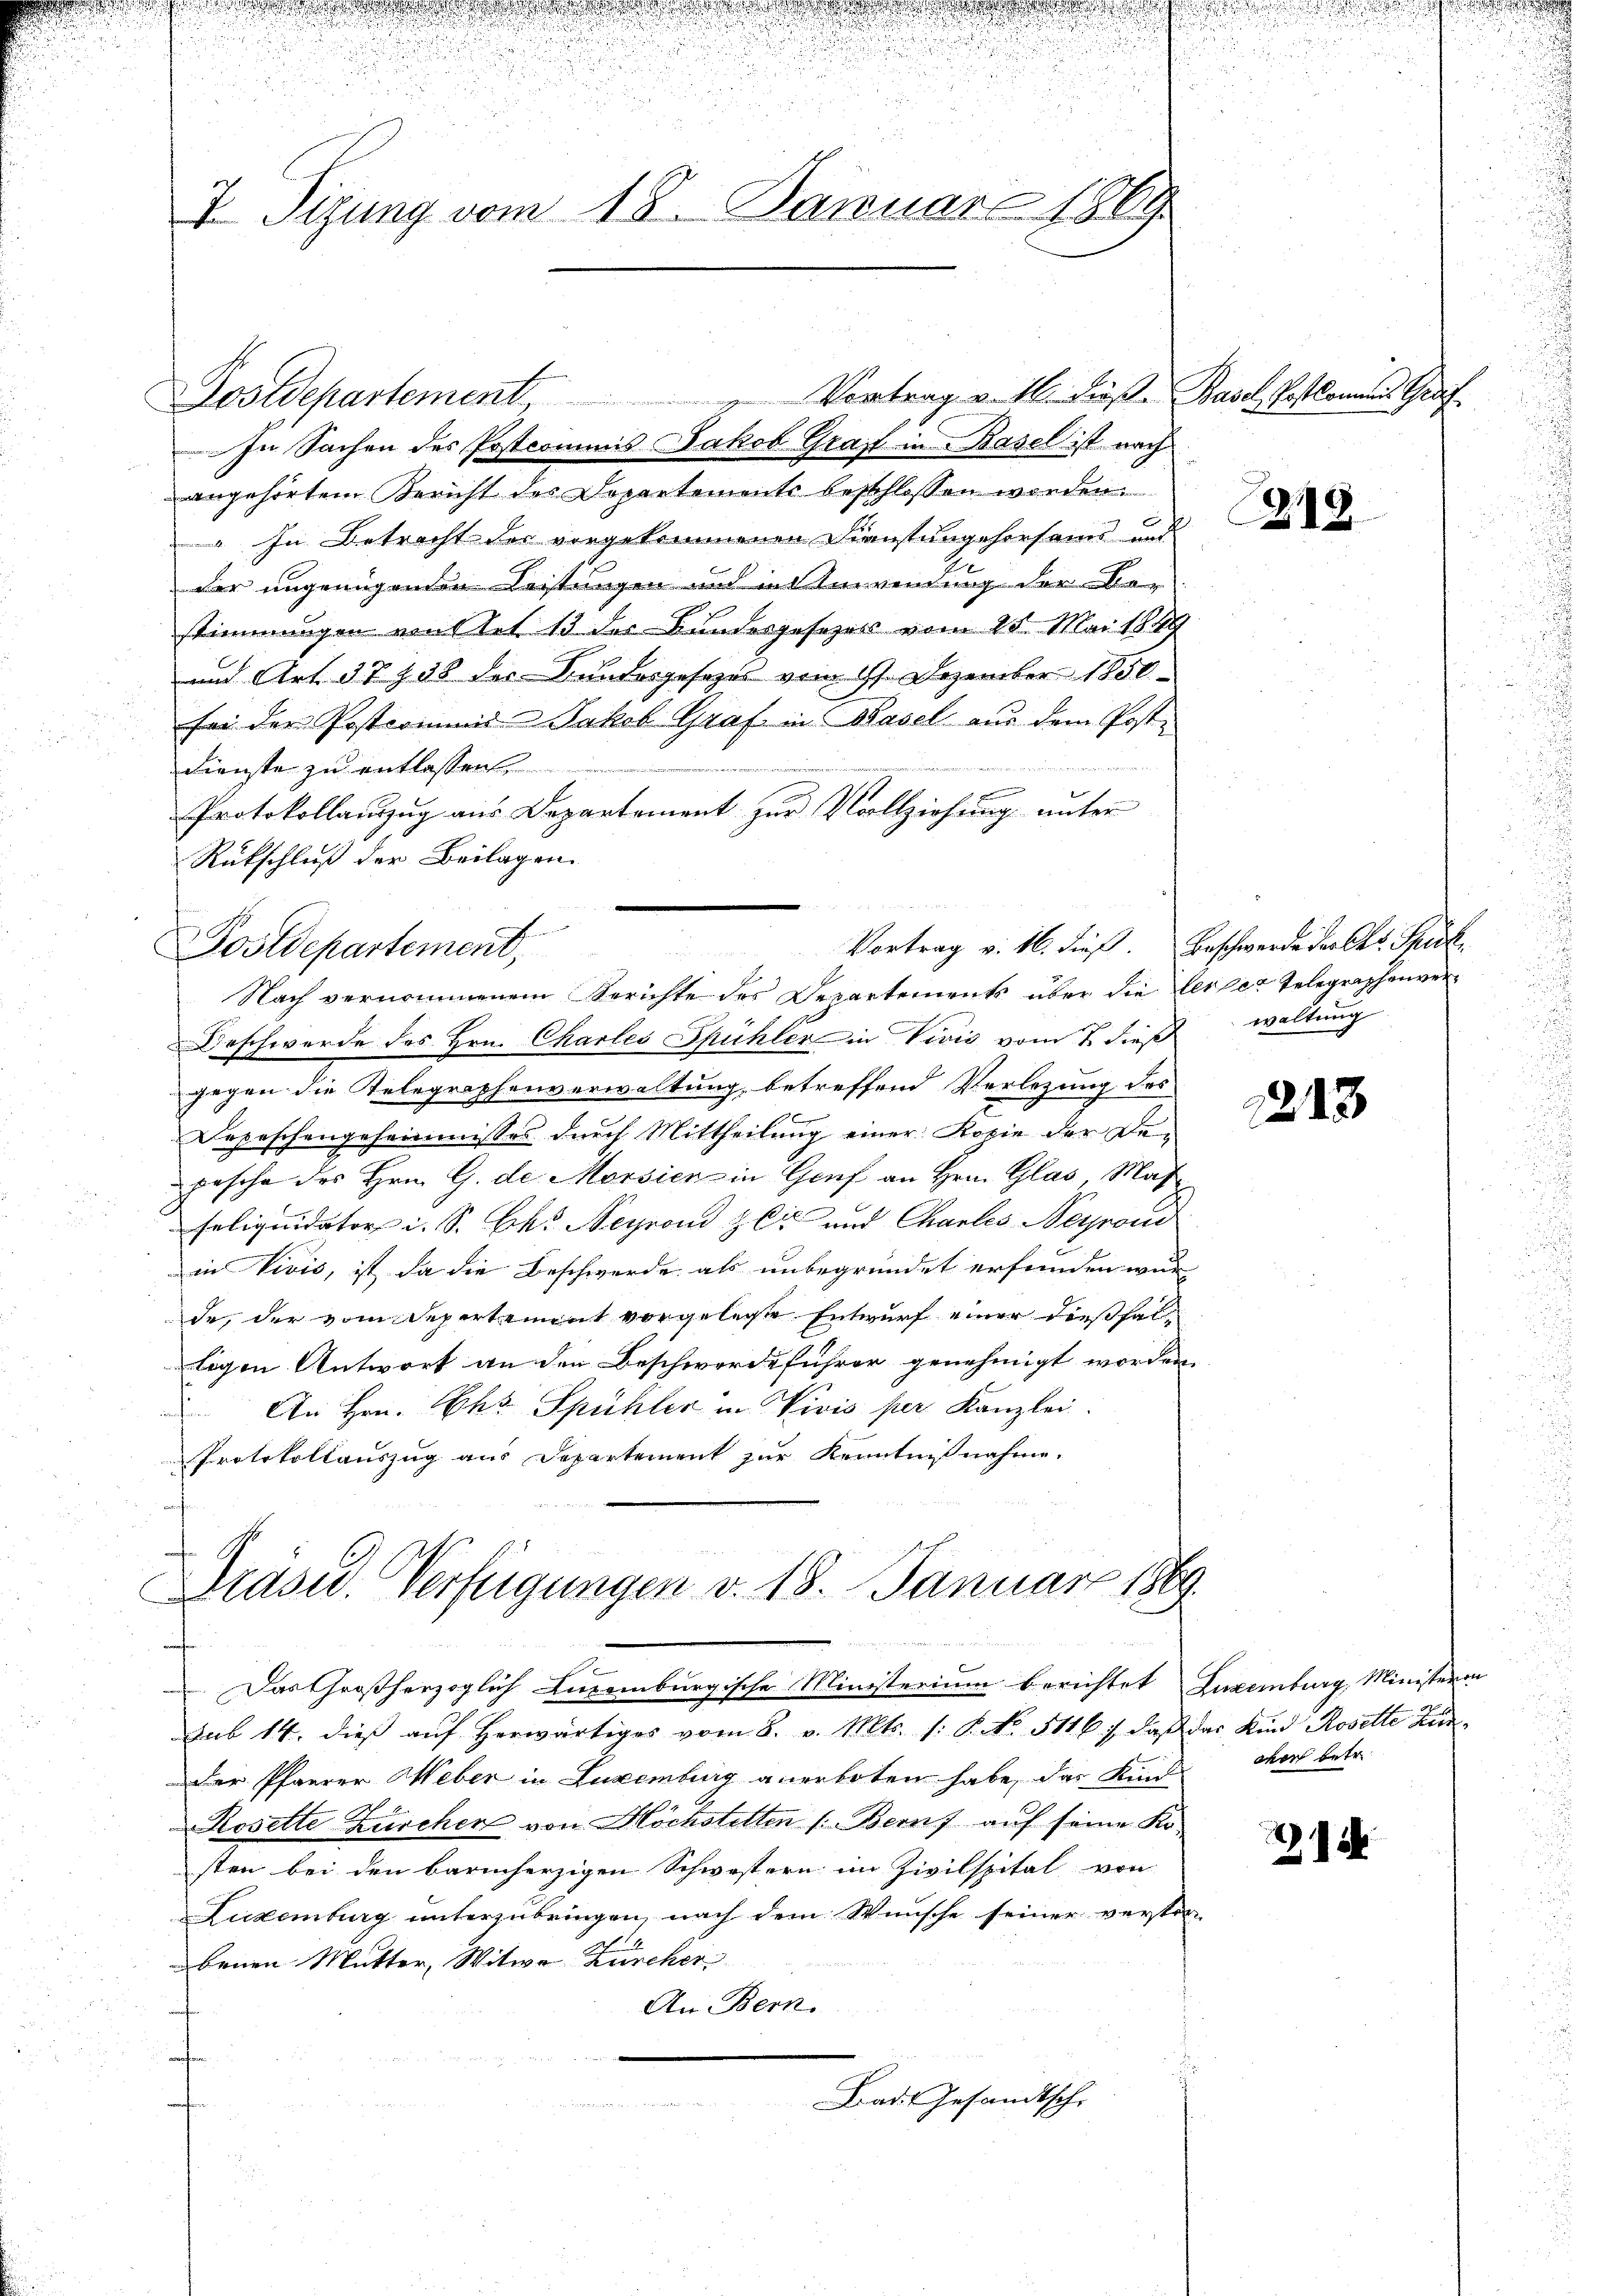
.

e

u
u
J Sizung vom 18. Januar 1869

Postdepartement

In Sachen des Postcommis Jakob Graf in Basel ist nach
angehörtem Bericht des Dopartemente beschlossen werden.
 In Betracht der vorgekommenen Dienstungehorsams und
der ungenügenden Leistungen und in Anwendung der Be-
stimmungen mit tot 13 der Bundesgesezes vom 28. Mai 1849
und Art. 37 § 38 des Bundesgesezes vom 17. Dezember 1850
für der Posteriums Jakob Graf in Basel aus dem Post-

Dienste zu entlassen.
Protokollauszug aus Departement zur Vollziehung unter
Rükschluß der Beilagen.
Postdepartement,
& Beschwerde des Hrn. Chartes Spühler in Vivić vom 7. dieß waltung
gegen die Telegraphenverwaltung, betreffend Verlegung des
Depeschengeheimnisses durch Mittheilung einer Kopie der Bebesche des Hrn. G. de Morsien in Genf an Hrn. Glas Mas
Feliquidator u. S. Okt. Neyrond zu und Chartes Neyrond
in Vivis, ist da die Beschwerde als unbegründet erfunden wur-
de, der vom Sepertement vorgelegte Entwurf einer dießfalligen Antwort an den Beschwerdeführer genehmigt worden.
An Hrn. Chr. Spühler in Vivis per Kanzlei.
Protokollauszug aus Departement zur Kenntnißnahme.

Vortrag v. M. diese Basel, Postkamins Graf

8
Nach vernommenem Berichte des Departements über die leider Telegraphenver¬

G.
Präsid. Verfügungen v. 18. Januar 1869.

Vortrag v. 16. dieß. Beschwerde der Okt. Speck

Das Großherzoglich Luxenburgische Ministerium berichtet Luxemburg, Ministerin
sub 14. dies aŭf herwärtiges vom 8. v. Mts. (: P. No. 5116 f., daß das Kind Rosette Kinder Pfarrer Weber in Luzemberg anerboten habe, das Kind
Rosette Zürchen von Höchstetten (Bern auf seine Kosten bei den barmherzigen Schwestern im Zivilspital von
Luxenburg unterzubringen, nach dem Wunsche seiner versten
benen Mutter, Witwe Zürcher
An Bern.
Bad Gesandtsche

2212.

1213

2

n
.
d

aher betr.

u
g